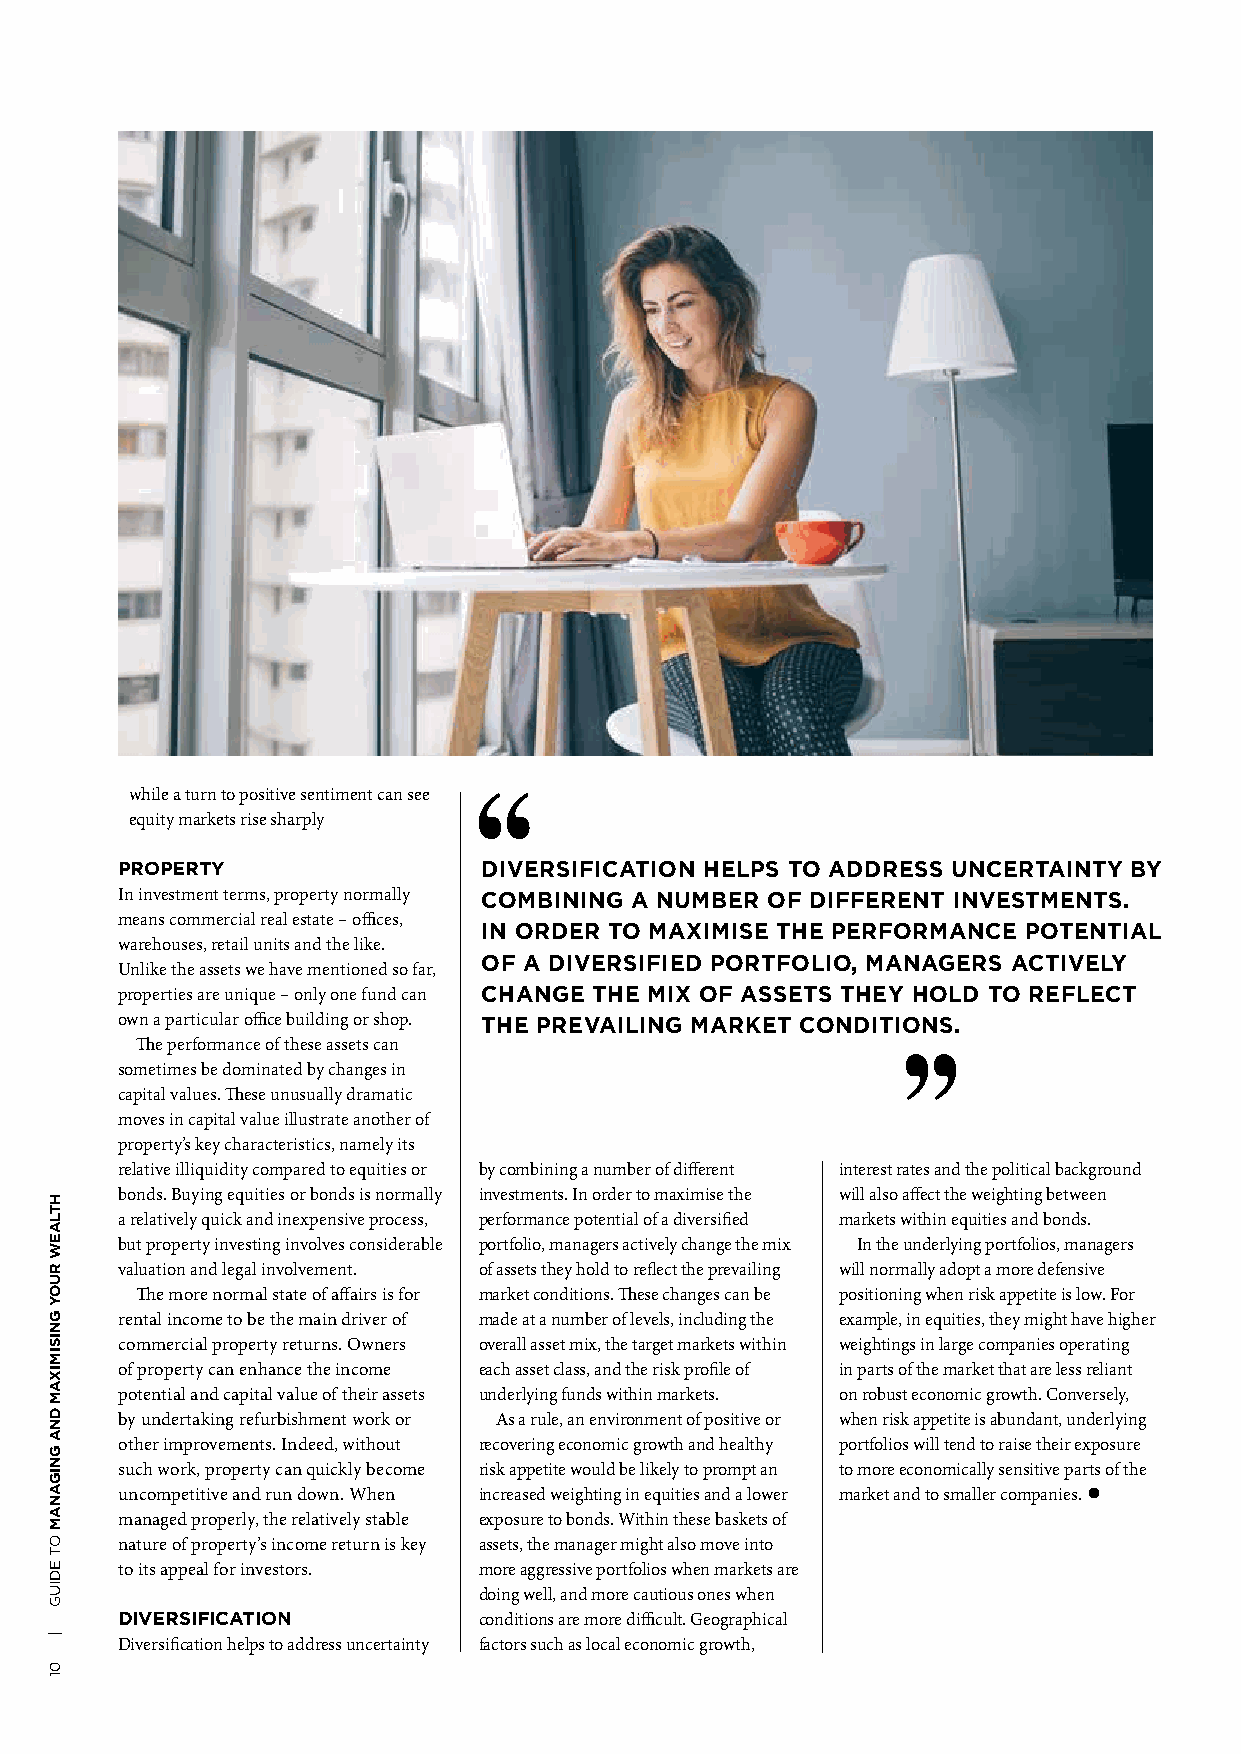
while a turn to positive sentiment can see
 equity markets rise sharply
 PROPERTY                DIVERSIFICATION HELPS TO ADDRESS UNCERTAINTY BY
 In investment terms, property normally COMBINING A NUMBER OF DIFFERENT INVESTMENTS.
 means commercial real estate – offices,
 IN ORDER TO MAXIMISE THE PERFORMANCE POTENTIAL
 warehouses, retail units and the like.
 OF A DIVERSIFIED PORTFOLIO, MANAGERS ACTIVELY
 Unlike the assets we have mentioned so far,
 properties are unique – only one fund can CHANGE THE MIX OF ASSETS THEY HOLD TO REFLECT
 own a particular office building or shop. THE PREVAILING MARKET CONDITIONS.
 The performance of these assets can
 sometimes be dominated by changes in
 capital values. These unusually dramatic
 moves in capital value illustrate another of
 property’s key characteristics, namely its
 relative illiquidity compared to equities or by combining a number of different interest rates and the political background
 bonds. Buying equities or bonds is normally investments. In order to maximise the will also affect the weighting between
 a relatively quick and inexpensive process, performance potential of a diversified markets within equities and bonds.
 but property investing involves considerable portfolio, managers actively change the mix In the underlying portfolios, managers
 valuation and legal involvement. of assets they hold to reflect the prevailing will normally adopt a more defensive
 The more normal state of affairs is for market conditions. These changes can be positioning when risk appetite is low. For
 rental income to be the main driver of made at a number of levels, including the example, in equities, they might have higher
 commercial property returns. Owners overall asset mix, the target markets within weightings in large companies operating
 of property can enhance the income each asset class, and the risk profile of in parts of the market that are less reliant
 potential and capital value of their assets underlying funds within markets. on robust economic growth. Conversely,
 by undertaking refurbishment work or As a rule, an environment of positive or when risk appetite is abundant, underlying
 other improvements. Indeed, without recovering economic growth and healthy portfolios will tend to raise their exposure
 such work, property can quickly become risk appetite would be likely to prompt an to more economically sensitive parts of the
 uncompetitive and run down. When increased weighting in equities and a lower market and to smaller companies. l
 managed properly, the relatively stable exposure to bonds. Within these baskets of
 nature of property’s income return is key assets, the manager might also move into
 to its appeal for investors. more aggressive portfolios when markets are
 doing well, and more cautious ones when
 DIVERSIFICATION         conditions are more difficult. Geographical
 Diversification helps to address uncertainty factors such as local economic growth,
 HTLAEW
 RUOY
 GNISIMIXAM
 DNA
 GNIGANAM
 OT
 EDIUG
 |
 01